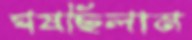
ঘষছিলাম